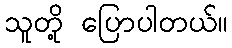
သူတို့ ပြောပါတယ်။